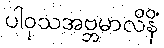
ပါဝုသအဗ္ဘမာလိနိံ